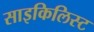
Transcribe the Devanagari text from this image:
साइकिलिस्ट